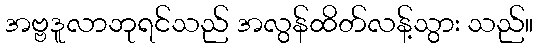
အဗ္ဗဒူလာဘုရင်သည် အလွန်ထိတ်လန့်သွား သည်။